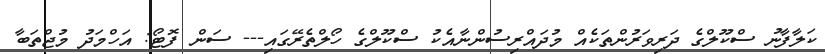
ކަލާފާނު ސްކޫލްގެ ދަރިވަރުންތަކެއް މުދައްރިސުންނާއެކު ސްކޫލްގެ ހޯލްތެރޭގައި--- ސަން ފޮޓޯ: އަހްމަދު މުޖްތަބާ